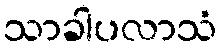
သာခါပလာသံ